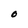
Character: O